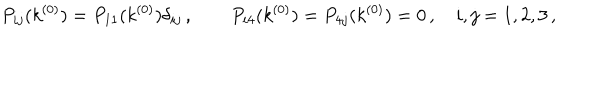
P _ { i j } ( k ^ { ( 0 ) } ) = P _ { 1 1 } ( k ^ { ( 0 ) } ) \delta _ { i j } \, , \qquad P _ { i 4 } ( k ^ { ( 0 ) } ) = P _ { 4 j } ( k ^ { ( 0 ) } ) = 0 \, , \quad i , j = 1 , 2 , 3 \, ,